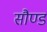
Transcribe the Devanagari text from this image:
सौण्ड